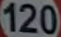
120